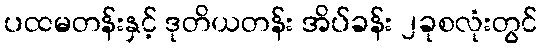
ပထမတန်းနှင့် ဒုတိယတန်း အိပ်ခန်း ၂ခုစလုံးတွင်